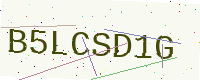
Text: B5LCSD1G